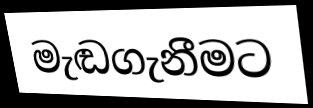
මැඬගැනීමට